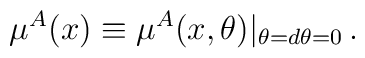
\mu^A(x)\equiv \mu^A(x,\theta)| _{\theta =d\theta =0}\,.